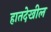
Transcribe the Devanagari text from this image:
हातदेखील